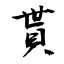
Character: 貰